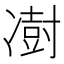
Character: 𫥙